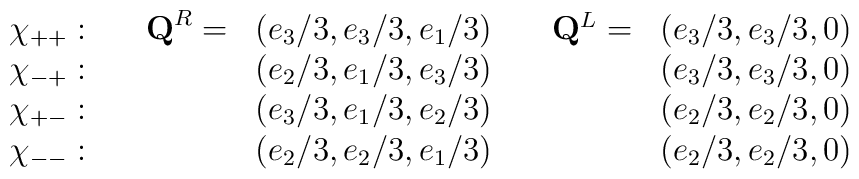
\begin{array}{ccccc}\chi_{++}: \quad &{\bf Q}^R= & (e_3/3,e_3/3,e_1/3) \quad&{\bf Q}^L= &(e_3/3,e_3/3,0) \\\chi_{-+}: \quad & &(e_2/3,e_1/3,e_3/3) \quad & &(e_3/3,e_3/3,0) \\\chi_{+-}: \quad & &(e_3/3,e_1/3,e_2/3) \quad & &(e_2/3,e_2/3,0) \\\chi_{--}: \quad & &(e_2/3,e_2/3,e_1/3) \quad & &(e_2/3,e_2/3,0) \end{array}